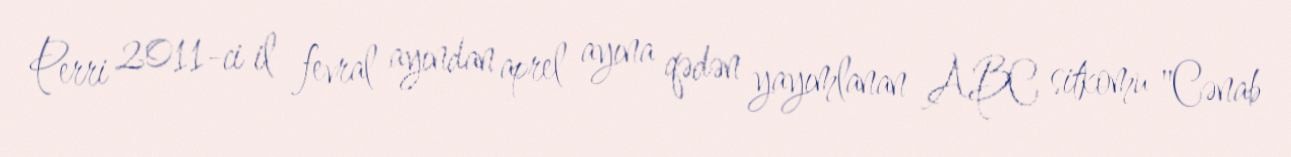
Perri 2011-ci il fevral ayından aprel ayına qədən yayımlanan ABC sitkomu "Cənab